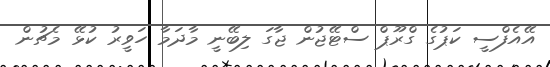
އޭއެފްސީ ކަޕުގެ ގްރޫޕް ސްޓޭޖުން ޖާގަ ލިބޭނީ މާދަމާ ހަވީރު ކުޅޭ މެޗުން